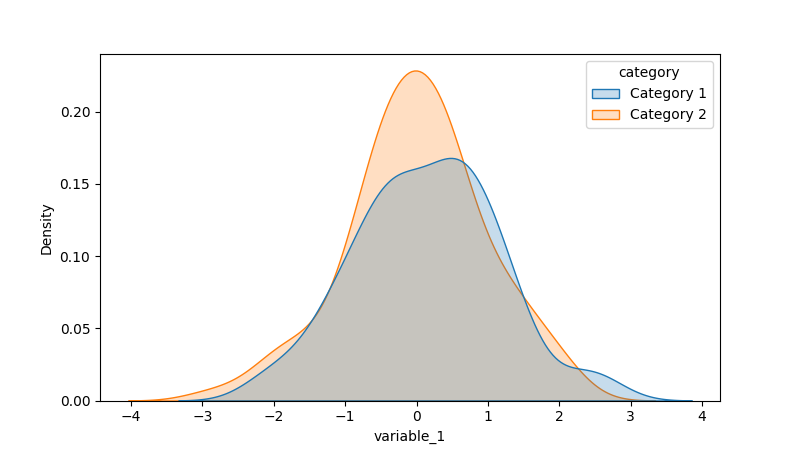
python, seaborn, kdeplot, hue='category', fill=True, bw_adjust=1.0